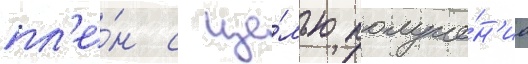
пл'е́н с це́лью получе́н'иа